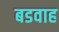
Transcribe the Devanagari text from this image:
बडवाह